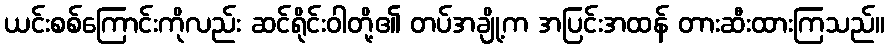
ယင်းစစ်ကြောင်းကိုလည်း ဆင်ရိုင်းဝါတို့၏ တပ်အချို့က အပြင်းအထန် တားဆီးထားကြသည်။